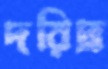
দরিদ্র্র